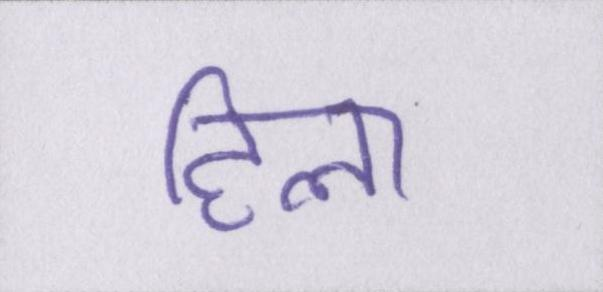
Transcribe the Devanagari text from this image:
हिला